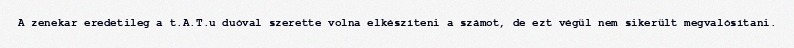
A zenekar eredetileg a t.A.T.u duóval szerette volna elkészíteni a számot, de ezt végül nem sikerült megvalósítani.